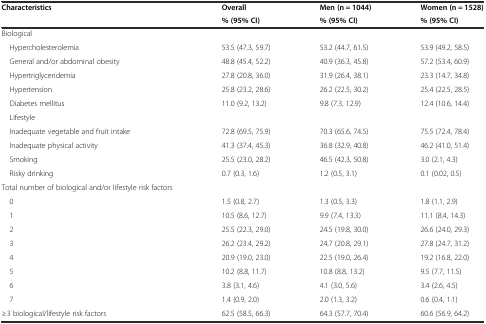
<table><thead><tr><td rowspan="2"><b>Characteristics</b></td><td><b>Overall</b></td><td><b>Men (n = 1044)</b></td><td><b>Women (n = 1528)</b></td></tr><tr><td><b>% (95% CI)</b></td><td><b>% (95% CI)</b></td><td><b>% (95% CI)</b></td></tr></thead><tbody><tr><td>Biological</td><td></td><td></td><td></td></tr><tr><td> Hypercholesterolemia</td><td>53.5 (47.3, 59.7)</td><td>53.2 (44.7, 61.5)</td><td>53.9 (49.2, 58.5)</td></tr><tr><td> General and/or abdominal obesity</td><td>48.8 (45.4, 52.2)</td><td>40.9 (36.3, 45.8)</td><td>57.2 (53.4, 60.9)</td></tr><tr><td> Hypertriglyceridemia</td><td>27.8 (20.8, 36.0)</td><td>31.9 (26.4, 38.1)</td><td>23.3 (14.7, 34.8)</td></tr><tr><td> Hypertension</td><td>25.8 (23.2, 28.6)</td><td>26.2 (22.5, 30.2)</td><td>25.4 (22.5, 28.5)</td></tr><tr><td> Diabetes mellitus</td><td>11.0 (9.2, 13.2)</td><td>9.8 (7.3, 12.9)</td><td>12.4 (10.6, 14.4)</td></tr><tr><td> Lifestyle</td><td></td><td></td><td></td></tr><tr><td> Inadequate vegetable and fruit intake</td><td>72.8 (69.5, 75.9)</td><td>70.3 (65.6, 74.5)</td><td>75.5 (72.4, 78.4)</td></tr><tr><td> Inadequate physical activity</td><td>41.3 (37.4, 45.3)</td><td>36.8 (32.9, 40.8)</td><td>46.2 (41.0, 51.4)</td></tr><tr><td> Smoking</td><td>25.5 (23.0, 28.2)</td><td>46.5 (42.3, 50.8)</td><td>3.0 (2.1, 4.3)</td></tr><tr><td> Risky drinking</td><td>0.7 (0.3, 1.6)</td><td>1.2 (0.5, 3.1)</td><td>0.1 (0.02, 0.5)</td></tr><tr><td>Total number of biological and/or lifestyle risk factors</td><td></td><td></td><td></td></tr><tr><td> 0</td><td>1.5 (0.8, 2.7)</td><td>1.3 (0.5, 3.3)</td><td>1.8 (1.1, 2.9)</td></tr><tr><td> 1</td><td>10.5 (8.6, 12.7)</td><td>9.9 (7.4, 13.3)</td><td>11.1 (8.4, 14.3)</td></tr><tr><td> 2</td><td>25.5 (22.3, 29.0)</td><td>24.5 (19.8, 30.0)</td><td>26.6 (24.0, 29.3)</td></tr><tr><td> 3</td><td>26.2 (23.4, 29.2)</td><td>24.7 (20.8, 29.1)</td><td>27.8 (24.7, 31.2)</td></tr><tr><td> 4</td><td>20.9 (19.0, 23.0)</td><td>22.5 (19.0, 26.4)</td><td>19.2 (16.8, 22.0)</td></tr><tr><td> 5</td><td>10.2 (8.8, 11.7)</td><td>10.8 (8.8, 13.2)</td><td>9.5 (7.7, 11.5)</td></tr><tr><td> 6</td><td>3.8 (3.1, 4.6)</td><td>4.1 (3.0, 5.6)</td><td>3.4 (2.6, 4.5)</td></tr><tr><td> 7</td><td>1.4 (0.9, 2.0)</td><td>2.0 (1.3, 3.2)</td><td>0.6 (0.4, 1.1)</td></tr><tr><td>≥3 biological/lifestyle risk factors</td><td>62.5 (58.5, 66.3)</td><td>64.3 (57.7, 70.4)</td><td>60.6 (56.9, 64.2)</td></tr></tbody></table>